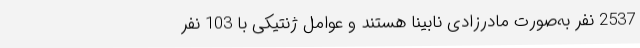
2537 نفر به‌صورت مادرزادی نابینا هستند و عوامل ژنتیکی با 103 نفر